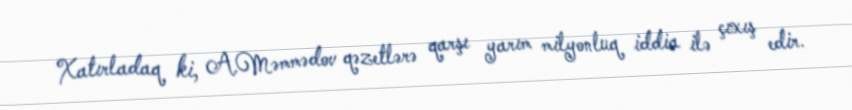
Xatırladaq ki, A.Məmmədov qəzetlərə qarşı yarım milyonluq iddia ilə çıxış edir.